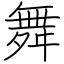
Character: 舞